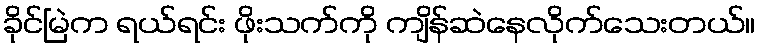
ခိုင်မြဲက ရယ်ရင်း ဖိုးသက်ကို ကျိန်ဆဲနေလိုက်သေးတယ်။